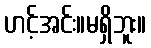
ဟင့်အင်း။မရှိဘူး။